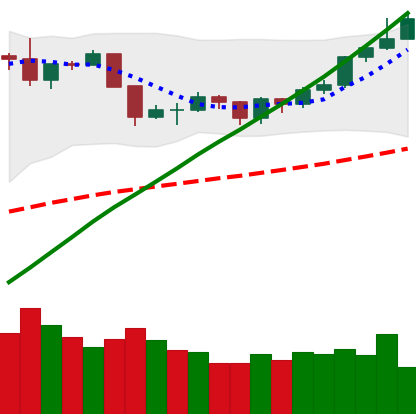
Ticker: BTC-USD
Chart end date: 2019-06-17
Forward return: 14.821%
Label: up_7plus